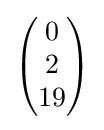
{\begin{pmatrix}0\\2\\19\end{pmatrix}}